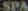
SPA